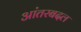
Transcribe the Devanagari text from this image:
आंतरबदल